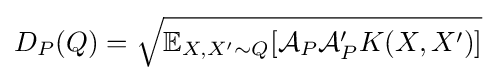
D_{P}(Q)={\sqrt {\mathbb {E} _{X,X'\sim Q}[{\mathcal {A}}_{P}{\mathcal {A}}_{P}'K(X,X')]}}